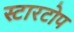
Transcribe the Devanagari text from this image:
स्टारटोप